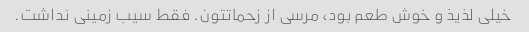
خیلی لذیذ و خوش طعم بود، مرسی از زحماتتون. فقط سیب زمینی نداشت.